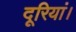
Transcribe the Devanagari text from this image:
दूरियां।